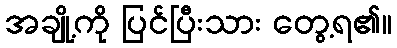
အချို့ကို ပြင်ပြီးသား တွေ့ရ၏။